Trukikaitis_Postimees, lk 20
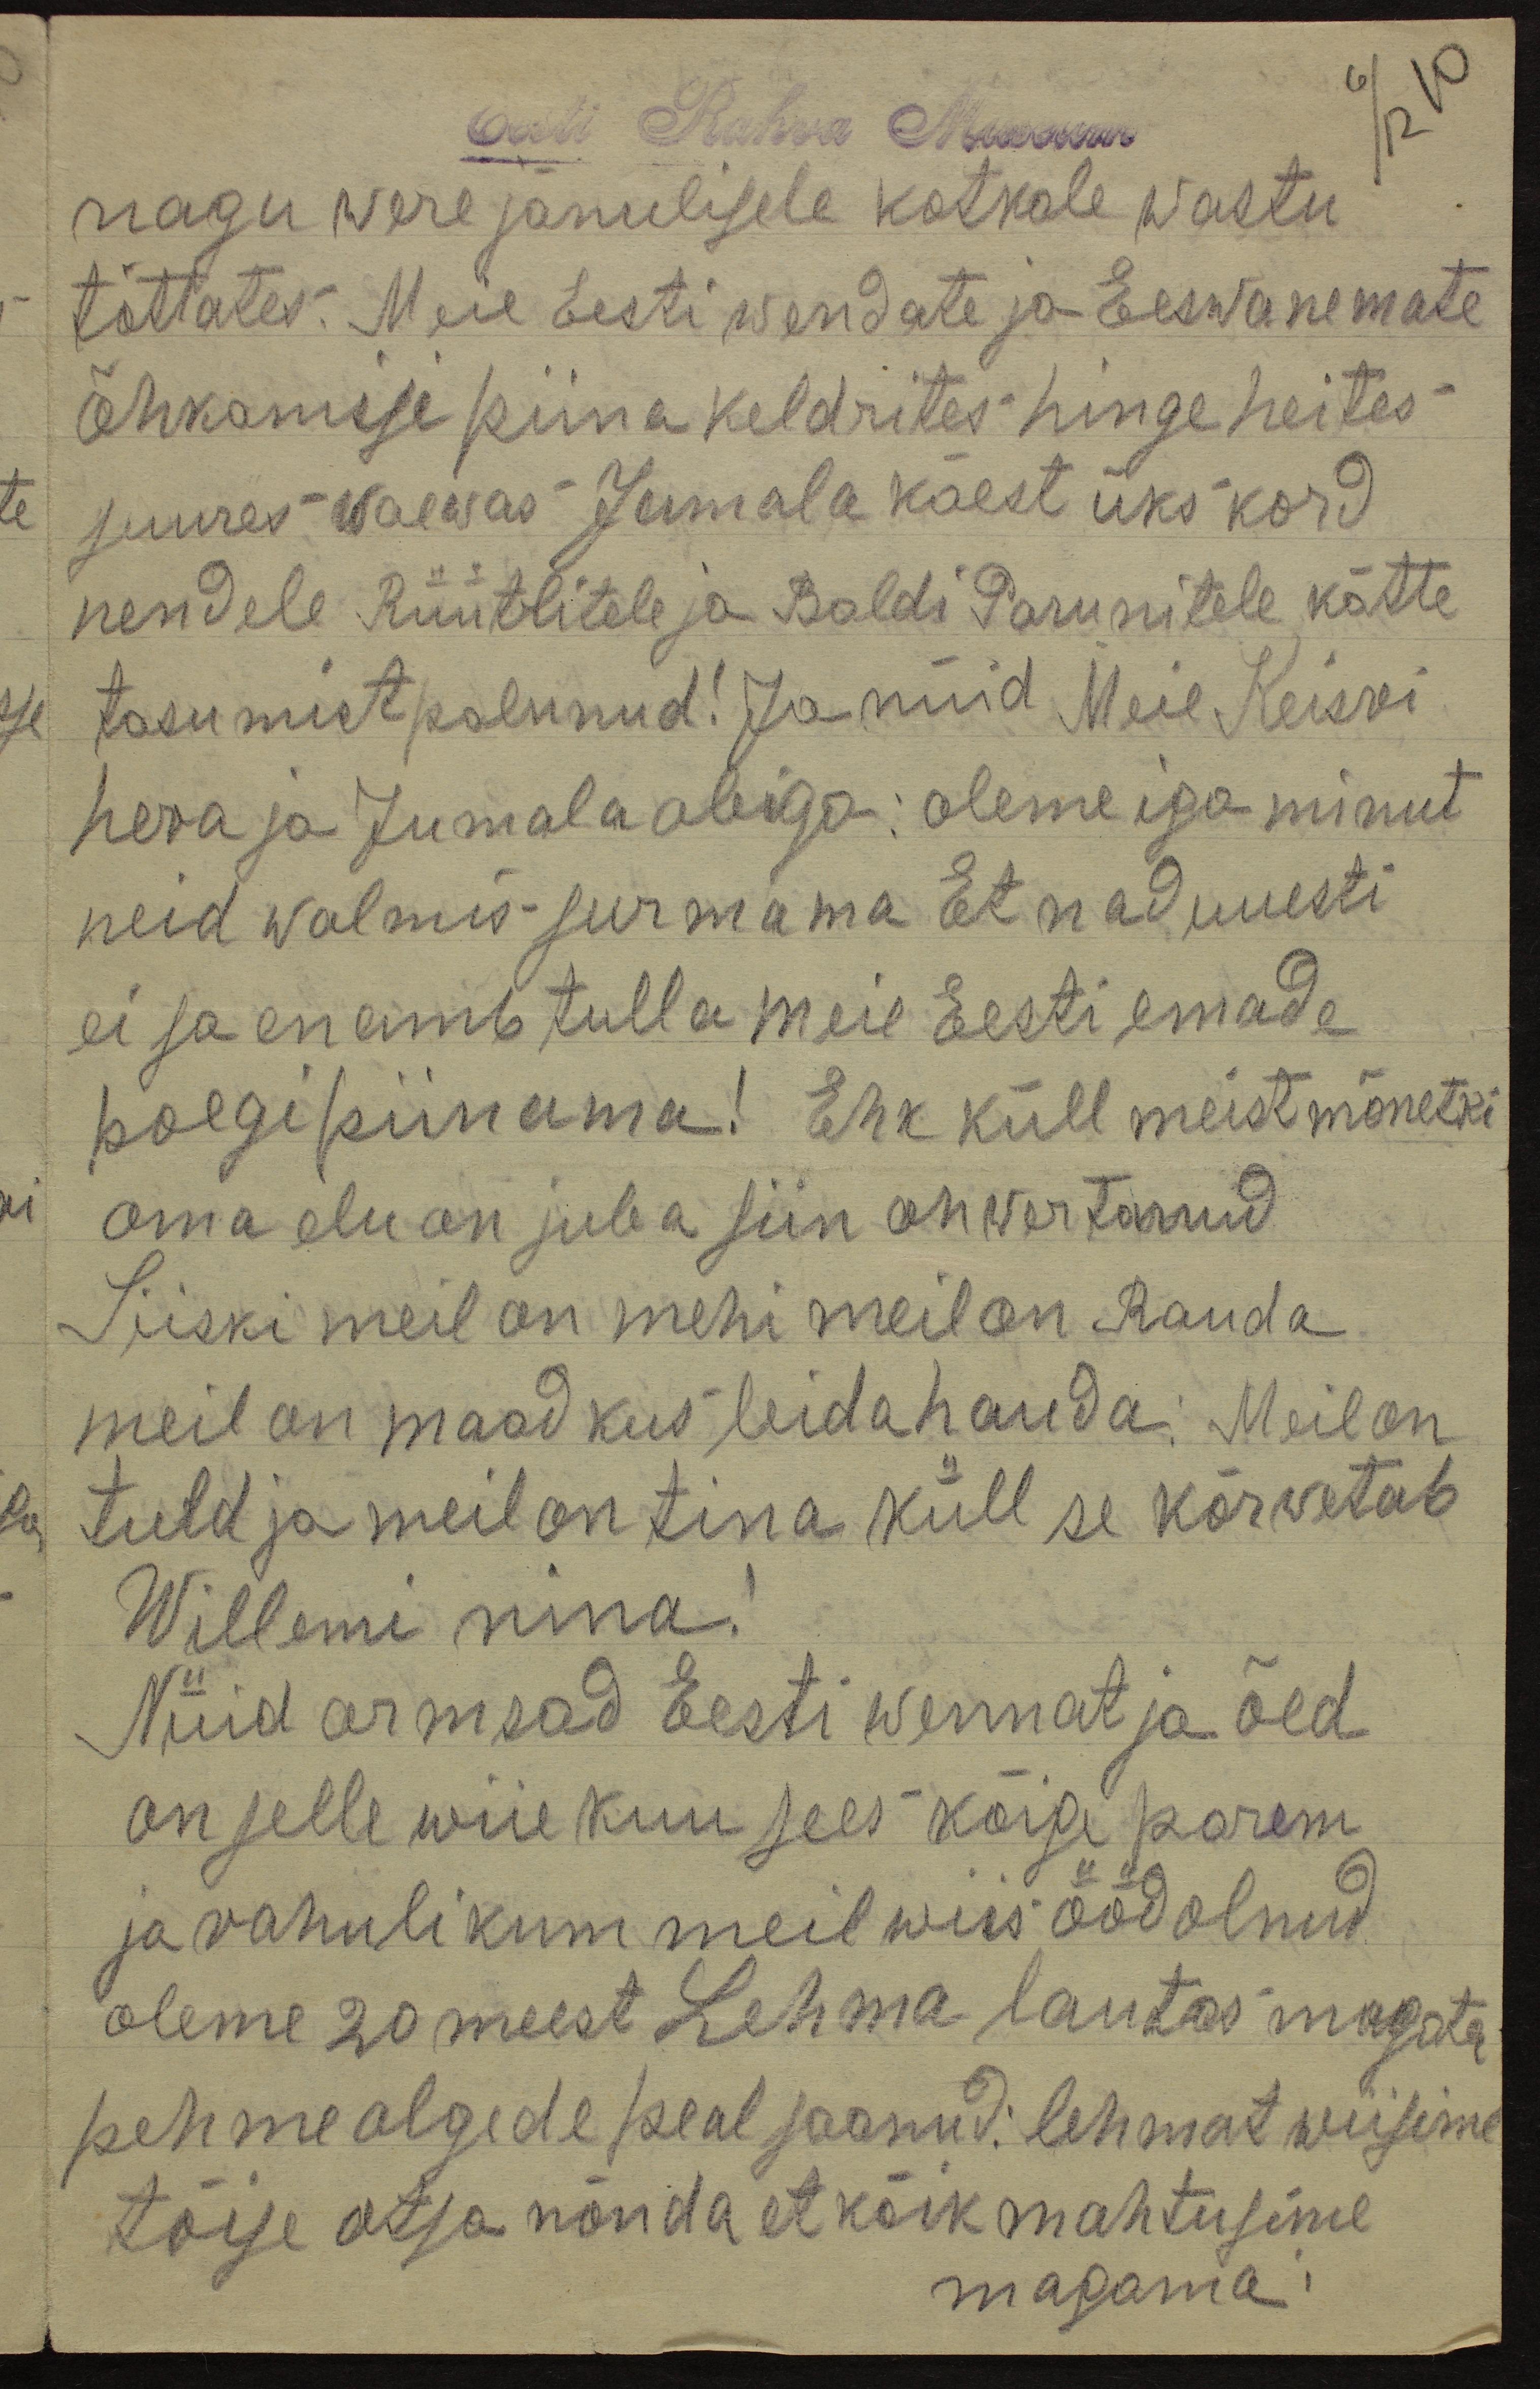
6/12 10
Eesti Rahva Muuseum
nagu werejanulisele kotkale wastu
tõttates. Meie Eesti wendate ja Eeswanemate
õhkamisi piina keldrites hinge heites
suures waewas Jumala käest üks kord
nendele Rüütlitele ja Baldi Parunitele kätte
tasumist palunud! Ja nüid Meie Keisri
hera ja Jumala abiga: oleme iga minut
neid walmis surmama. Et nad uuesti
ei sa enamb tulla meie Eesti emade
poegi piinama! Ehk küll meist mõnetki
oma elu on juba siin ohwertanud
Siiski meil on mehi meil on Rauda
meil on maad kus leida hauda. Meil on
tuld ja meil on tina küll se kõrwetab
Willemi nina!
Nüid armsad Eesti wennat ja õed
on selle wiie kuu sees kõige parem
ja rahulikum meil wiis ööd olnud.
oleme 20 meest Lehma lautas magata.
pehme olgede peal saanud: lehmat wiisime
tõise otsa nõnda et kõik mahtusime
magama!